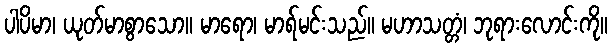
ပါပိမာ၊ ယုတ်မာစွာသော။ မာရော၊ မာရ်မင်းသည်။ မဟာသတ္တံ၊ ဘုရားလောင်းကို။